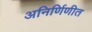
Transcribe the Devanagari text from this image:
अनिर्णिणीत